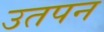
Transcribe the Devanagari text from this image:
उतपन